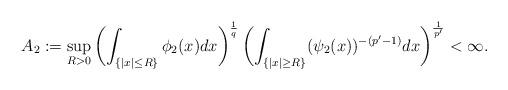
LaTeX: \begin{align*}A_{2}:=\sup_{R>0}\left(\int_{\{|x|\leq R\}}\phi_{2}(x)dx\right)^{\frac{1}{q}}\left(\int_{\{|x|\geq R\}}(\psi_{2}(x))^{-(p'-1)}dx\right)^{\frac{1}{p'}}<\infty.\end{align*}